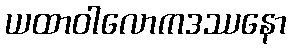
ယထာဝါလောကဒဿနော